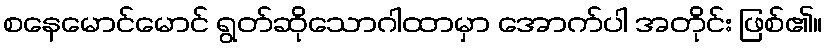
စနေမောင်မောင် ရွတ်ဆိုသောဂါထာမှာ အောက်ပါ အတိုင်း ဖြစ်၏။